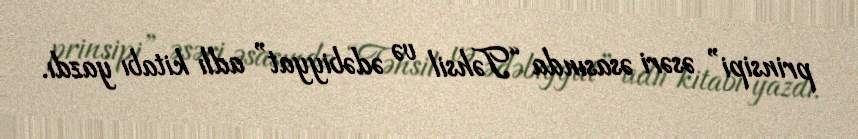
prinsipi” əsəri əsasında “Təhsil və ədəbiyyat” adlı kitabı yazdı.